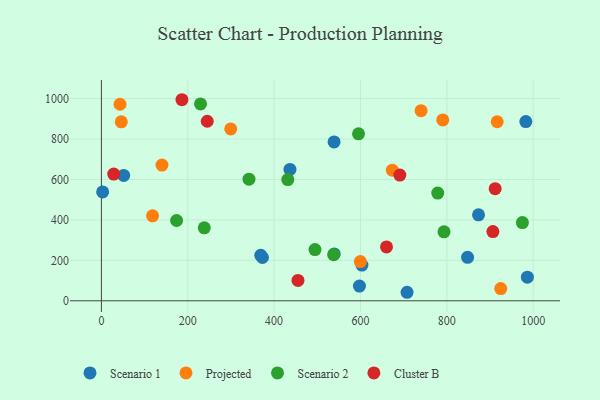
{"axis": {"x": "Distance", "y": "Sales"}, "legend": ["Cluster B", "Projected", "Scenario 1", "Scenario 2"], "data": [{"x": "369.1", "y": 225.3, "type": "Scenario 1"}, {"x": "373.0", "y": 214.0, "type": "Scenario 1"}, {"x": "597.6", "y": 72.9, "type": "Scenario 1"}, {"x": "51.6", "y": 620.1, "type": "Scenario 1"}, {"x": "873.5", "y": 425.3, "type": "Scenario 1"}, {"x": "707.9", "y": 42.1, "type": "Scenario 1"}, {"x": "2.8", "y": 538.4, "type": "Scenario 1"}, {"x": "603.4", "y": 176.5, "type": "Scenario 1"}, {"x": "436.7", "y": 649.8, "type": "Scenario 1"}, {"x": "848.1", "y": 215.2, "type": "Scenario 1"}, {"x": "539.3", "y": 232.0, "type": "Scenario 1"}, {"x": "983.0", "y": 886.2, "type": "Scenario 1"}, {"x": "986.6", "y": 116.8, "type": "Scenario 1"}, {"x": "538.9", "y": 785.8, "type": "Scenario 1"}, {"x": "924.9", "y": 60.2, "type": "Projected"}, {"x": "599.7", "y": 193.8, "type": "Projected"}, {"x": "118.5", "y": 420.2, "type": "Projected"}, {"x": "43.1", "y": 971.9, "type": "Projected"}, {"x": "299.5", "y": 850.2, "type": "Projected"}, {"x": "46.0", "y": 885.3, "type": "Projected"}, {"x": "916.7", "y": 885.5, "type": "Projected"}, {"x": "140.2", "y": 671.2, "type": "Projected"}, {"x": "673.8", "y": 646.0, "type": "Projected"}, {"x": "790.6", "y": 894.3, "type": "Projected"}, {"x": "740.4", "y": 940.0, "type": "Projected"}, {"x": "229.5", "y": 973.4, "type": "Scenario 2"}, {"x": "494.7", "y": 253.3, "type": "Scenario 2"}, {"x": "174.1", "y": 397.1, "type": "Scenario 2"}, {"x": "779.0", "y": 532.5, "type": "Scenario 2"}, {"x": "975.1", "y": 386.7, "type": "Scenario 2"}, {"x": "793.5", "y": 341.1, "type": "Scenario 2"}, {"x": "341.8", "y": 601.6, "type": "Scenario 2"}, {"x": "431.7", "y": 599.5, "type": "Scenario 2"}, {"x": "595.5", "y": 825.9, "type": "Scenario 2"}, {"x": "238.2", "y": 360.8, "type": "Scenario 2"}, {"x": "537.9", "y": 228.2, "type": "Scenario 2"}, {"x": "691.2", "y": 621.9, "type": "Cluster B"}, {"x": "455.3", "y": 100.6, "type": "Cluster B"}, {"x": "912.0", "y": 554.7, "type": "Cluster B"}, {"x": "245.1", "y": 888.0, "type": "Cluster B"}, {"x": "186.5", "y": 994.4, "type": "Cluster B"}, {"x": "28.5", "y": 626.5, "type": "Cluster B"}, {"x": "906.7", "y": 342.1, "type": "Cluster B"}, {"x": "660.3", "y": 266.3, "type": "Cluster B"}]}